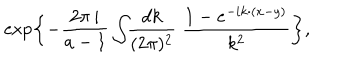
\exp \left\{ - \frac { 2 \pi \, i } { a - 1 } \int \! \! \frac { d k } { ( 2 \pi ) ^ { 2 } } \; \frac { 1 - e ^ { - i k { \cdotp } ( x - y ) } } { k ^ { 2 } } \right\} ,